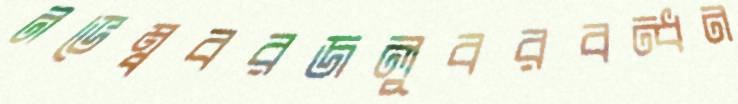
নভেম্ববরজলুবরবন্ধন